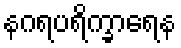
နဂရပရိက္ခာရေန